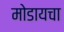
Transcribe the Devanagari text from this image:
मोडायचा